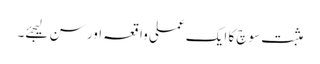
مثبت سوچ کا ایک عملی واقعہ اور سن لیجئے۔